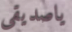
ياصديقى